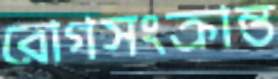
রোগসংক্রান্ত